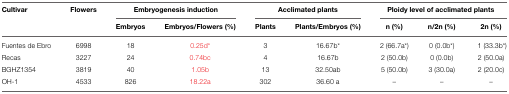
<table><thead><tr><td><b>Cultivar</b></td><td><b>Flowers</b></td><td colspan="2"><b>Embryogenesis induction</b></td><td colspan="2"><b>Acclimated plants</b></td><td colspan="3"><b>Ploidy level of acclimated plants</b></td></tr><tr><td></td><td></td><td><b>Embryos</b></td><td><b>Embryos/Flowers (%)</b></td><td><b>Plants</b></td><td><b>Plants/Embryos (%)</b></td><td><b>n (%)</b></td><td><b>n/2n (%)</b></td><td><b>2n (%)</b></td></tr></thead><tbody><tr><td>Fuentes de Ebro</td><td>6998</td><td>18</td><td>0.25d<sup>*</sup></td><td>3</td><td>16.67b<sup>*</sup></td><td>2 (66.7a<sup>*</sup>)</td><td>0 (0.0b<sup>*</sup>)</td><td>1 (33.3b<sup>*</sup>)</td></tr><tr><td>Recas</td><td>3227</td><td>24</td><td>0.74bc</td><td>4</td><td>16.67b</td><td>2 (50.0b)</td><td>0 (0.0b)</td><td>2 (50.0a)</td></tr><tr><td>BGHZ1354</td><td>3819</td><td>40</td><td>1.05b</td><td>13</td><td>32.50ab</td><td>5 (50.0b)</td><td>3 (30.0a)</td><td>2 (20.0c)</td></tr><tr><td>OH-1</td><td>4533</td><td>826</td><td>18.22a</td><td>302</td><td>36.60 a</td><td>–</td><td>–</td><td>–</td></tr></tbody></table>